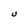
Character: U